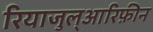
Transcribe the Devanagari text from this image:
रियाजुल्आरिफ़ीन